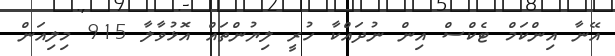
އޭނާ އިންކަމް ޓެކްސް އިން ނުދައްކާ ހުރީ ލިޔުންތައް އޮޅުވާލާ 915 މިލިއަން